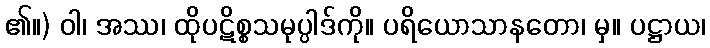
၏။) ဝါ၊ အဿ၊ ထိုပဋိစ္စသမုပ္ပါဒ်ကို။ ပရိယောသာနတော၊ မှ။ ပဋ္ဌာယ၊